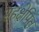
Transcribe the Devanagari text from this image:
सहक्षेपित